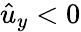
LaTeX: \hat{u}_{y}<0